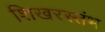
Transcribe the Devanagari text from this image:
शिखरस्तंभ